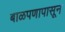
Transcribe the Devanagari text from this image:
बाळपणापासून